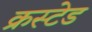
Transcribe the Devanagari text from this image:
क्रस्टेड